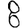
Digit: 8